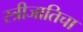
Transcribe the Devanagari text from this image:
स्त्रीजातिचा